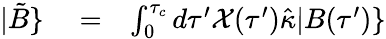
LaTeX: \begin{array}{rlr}{|\tilde{B}\} }&{{}=}&{\int_{0}^{\tau_{c}}d\tau^{\prime}\mathcal{X}(\tau^{\prime})\hat{\kappa}|B(\tau^{\prime})\} }\end{array}